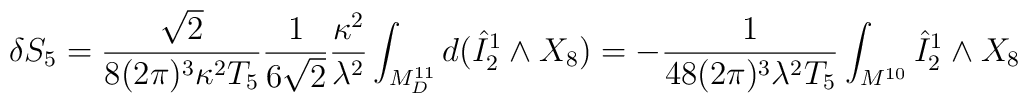
\delta S_{5} = \frac{\sqrt{2}}{8(2\pi)^3 \kappa^2 T_5} \frac{1}{6\sqrt{2}} \frac{\kappa^2}{\lambda^2} \int_{M^{11}_D} d( \hat{I}^1_2 \wedge X_8 )= - \frac{1}{48(2\pi)^3 \lambda^2 T_5} \int_{M^{10}} \hat{I}^1_2 \wedge X_8